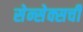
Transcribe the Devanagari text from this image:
सेन्सेक्सची